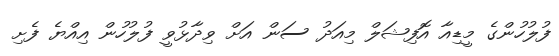
ފުލުހުންގެ މީޑިއާ އޮފިޝަލް މިއަދު ސަން އަަށް ވިދާޅުވީ ފުލުހުން އިއްޔެ ފެށި